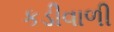
કડીવાળી